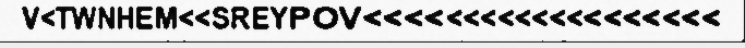
V<TWNHEM<<SREYPOV<<<<<<<<<<<<<<<<<<<